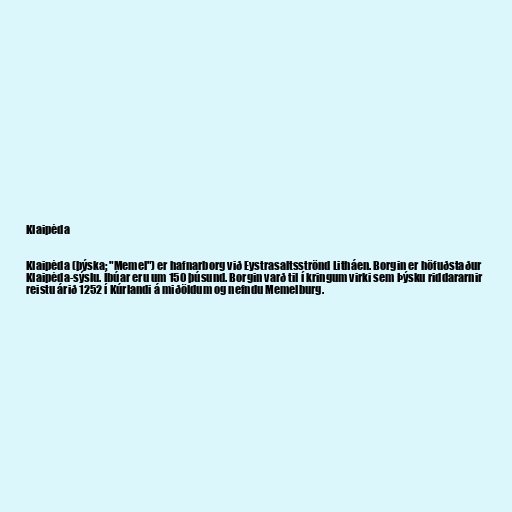
Klaipėda

Klaipėda (þýska: "Memel") er hafnarborg við Eystrasaltsströnd Litháen. Borgin er höfuðstaður
Klaipėda-sýslu. Íbúar eru um 150 þúsund. Borgin varð til í kringum virki sem Þýsku riddararnir
reistu árið 1252 í Kúrlandi á miðöldum og nefndu Memelburg.